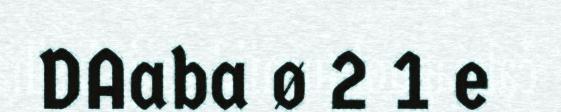
DAaba ø 2 1 e